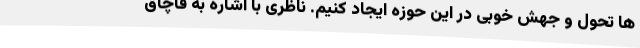
ها تحول و جهش خوبی در این حوزه ایجاد کنیم. ناظری با اشاره به قاچاق